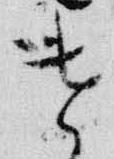
遣